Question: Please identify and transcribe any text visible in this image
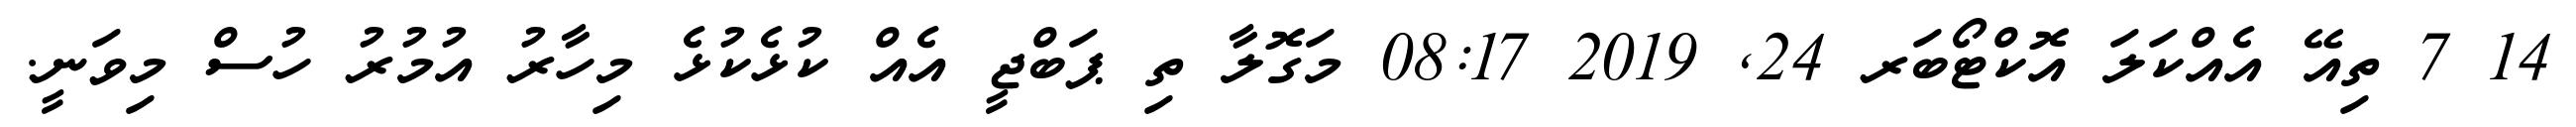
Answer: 14 7 ތިއޭ އެއްކަލަ އޮކްޓޯބަރ 24, 2019 08:17 މަގޮލާ ތި ޕަބްޖީ އެއް ކުޅެކުޅެ މިހާރު އުމުރު ހުސް މިވަނީ.